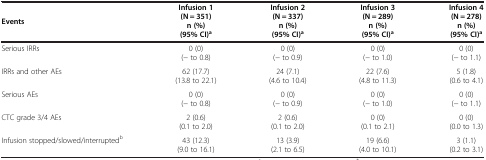
| Events | Infusion 1 (N = 351) n (%)(95% CI)a | Infusion 2 (N = 337) n (%)(95% CI)a | Infusion 3 (N = 289) n (%)(95% CI)a | Infusion 4 (N = 278) n (%)(95% CI)a |
 | --- | --- | --- | --- | --- |
 | Serious IRRs | 0 (0) (- to 0.8) | 0 (0) (- to 0.9) | 0 (0) (- to 1.0) | 0 (0) (- to 1.1) |
 | IRRs and other AEs | 62 (17.7) (13.8 to 22.1) | 24 (7.1) (4.6 to 10.4) | 22 (7.6) (4.8 to 11.3) | 5 (1.8) (0.6 to 4.1) |
 | Serious AEs | 0 (0) (- to 0.8) | 0 (0) (- to 0.9) | 0 (0) (- to 1.0) | 0 (0) (- to 1.1) |
 | CTC grade 3/4 AEs | 2 (0.6) (0.1 to 2.0) | 2 (0.6) (0.1 to 2.0) | 0 (0) (0.1 to 2.1) | 0 (0) (0.0 to 1.3) |
 | Infusion stopped/slowed/interruptedb | 43 (12.3) (9.0 to 16.1) | 13 (3.9) (2.1 to 6.5) | 19 (6.6) (4.0 to 10.1) | 3 (1.1) (0.2 to 3.1) |